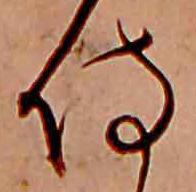
侍